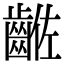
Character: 𪘡